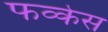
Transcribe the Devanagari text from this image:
फव्केस